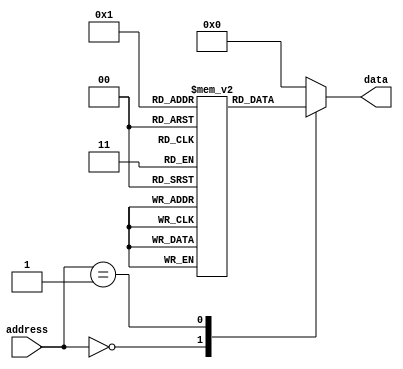
module FuseROM(
    input wire [7:0] address,
    output reg [7:0] data
);

reg [7:0] memory[0:255];

always @ (address)
begin
    case(address)
        8'h00: data = memory[0];
        8'h01: data = memory[1];
        // Add more cases as needed
        
        default: data = 8'b0; // Default to 0 if address is invalid
    endcase
end

// Initialize memory values
initial
begin
    memory[0] = 8'b11111111; // Example data values, initialize with desired values
    memory[1] = 8'b00000000;
    // Initialize more memory values as needed
end

endmodule